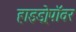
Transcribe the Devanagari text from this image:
हाइड्रोपॉवर